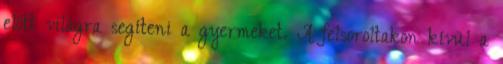
előtt világra segíteni a gyermeket. A felsoroltakon kívül a